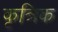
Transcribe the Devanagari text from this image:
कृत्रिक